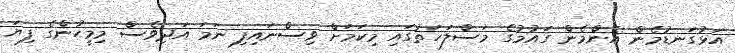
އަޅުގަނޑުމެން އެންމެން ގައުމުގެ މަސްލަހަތުގައި މިކަމަށް ވިސްނައިފި ނަމަ އަދިވެސް މިމީހުންގެ ފިޔަ